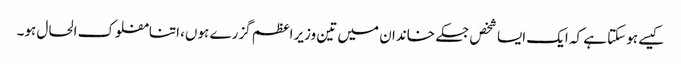
کیسے ہوسکتا ہے کہ ایک ایسا شخص جسکے خاندان میں تین وزیراعظم گزرے ہوں، اتنامفلوک الحال ہو۔